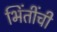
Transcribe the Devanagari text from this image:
भिंतींची